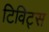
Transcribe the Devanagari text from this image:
टिविट्स